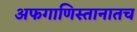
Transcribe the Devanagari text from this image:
अफगाणिस्तानातच